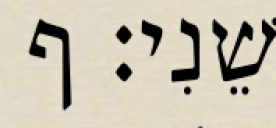
שֵׁנִי׃ ף